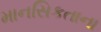
માનસિકતાના